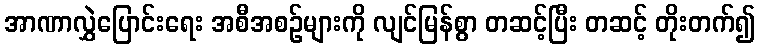
အာဏာလွှဲပြောင်းရေး အစီအစဉ်များကို လျင်မြန်စွာ တဆင့်ပြီး တဆင့် တိုးတက်၍